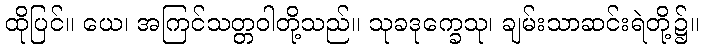
ထိုပြင်။ ယေ၊ အကြင်သတ္တဝါတို့သည်။ သုခဒုက္ခေသု၊ ချမ်းသာဆင်းရဲတို့၌။